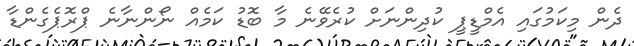
ދެން މިކަމުގައި އެމްޑީޕީ ކުދިންނަށް ކުރެވޭނެ މާ ބޮޑު ކަމެއް ނޯންނާނެ ޕްރޮޕެގެންޑާ